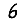
Digit: 6